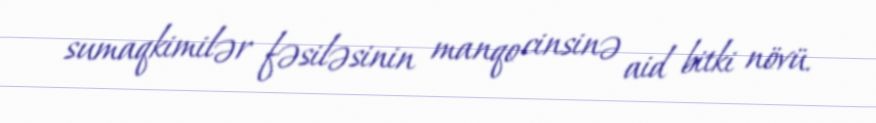
sumaqkimilər fəsiləsinin manqo cinsinə aid bitki növü.